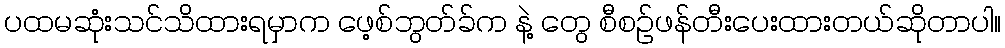
ပထမဆုံးသင်သိထားရမှာက ဖေ့စ်ဘွတ်ခ်က နဲ့ တွေ စီစဉ်ဖန်တီးပေးထားတယ်ဆိုတာပါ။